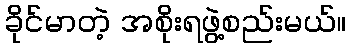
ခိုင်မာတဲ့ အစိုးရဖွဲ့စည်းမယ်။